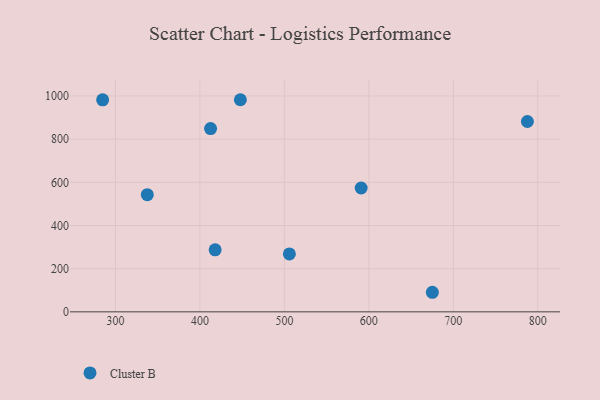
{"axis": {"x": "Ad Spend", "y": "Fuel Efficiency"}, "legend": ["Cluster B"], "data": [{"x": "447.9", "y": 982.6, "type": "Cluster B"}, {"x": "787.7", "y": 881.7, "type": "Cluster B"}, {"x": "412.6", "y": 848.8, "type": "Cluster B"}, {"x": "505.9", "y": 268.3, "type": "Cluster B"}, {"x": "418.0", "y": 287.2, "type": "Cluster B"}, {"x": "590.9", "y": 573.6, "type": "Cluster B"}, {"x": "284.8", "y": 982.3, "type": "Cluster B"}, {"x": "675.2", "y": 90.6, "type": "Cluster B"}, {"x": "337.7", "y": 542.7, "type": "Cluster B"}]}